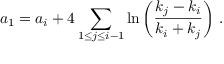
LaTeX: a _ { 1 } = a _ { i } + 4 \sum _ { 1 \leq j \leq i - 1 } \ln \left( \frac { k _ { j } - k _ { i } } { k _ { i } + k _ { j } } \right) \, .